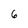
Character: 6